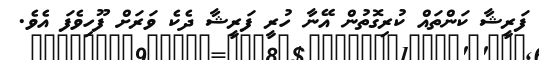
ފަރީޝާ ކަންތައް ކުރިގޮތުން އޭނާ ހުރީ ފަރީޝާ ދެކެ ވަރަށް ފޫހިވެފަ އެވެ.